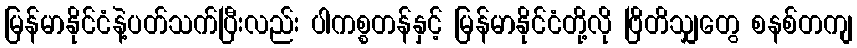
မြန်မာနိုင်ငံနဲ့ပတ်သက်ပြီးလည်း ပါကစ္စတန်နှင့် မြန်မာနိုင်ငံတို့လို ဗြိတိသျှတွေ စနစ်တကျ